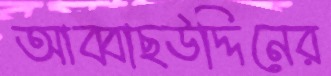
আব্বাছউদ্দিনের